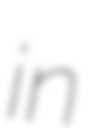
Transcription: in